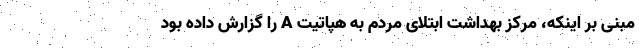
مبنی بر اینکه، مرکز بهداشت ابتلای مردم به هپاتیت A را گزارش داده بود